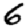
Digit: 6